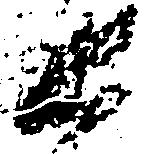
衛